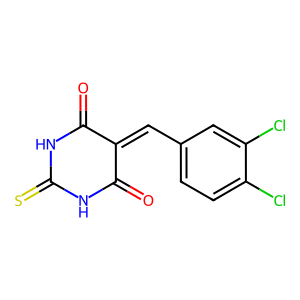
SMILES: O=C1NC(=S)NC(=O)C1=Cc1ccc(Cl)c(Cl)c1
Inhibits HIV replication: No